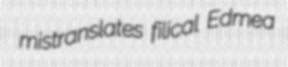
mistranslates filical Edmea